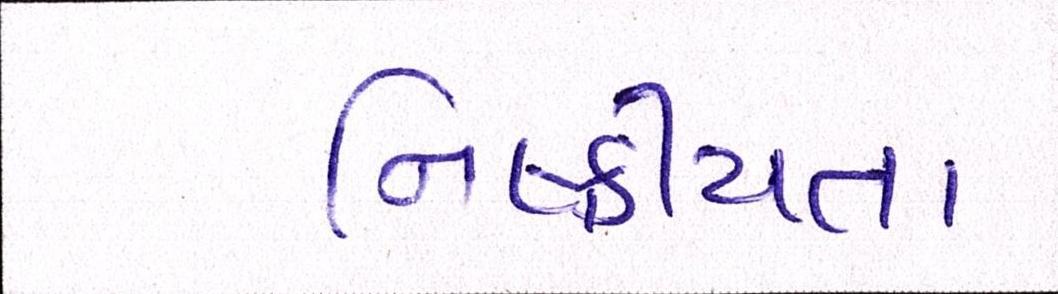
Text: નિષ્ક્રીયતા